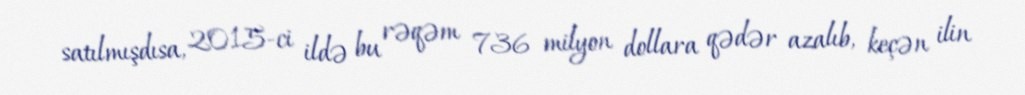
satılmışdısa, 2015-ci ildə bu rəqəm 736 milyon dollara qədər azalıb, keçən ilin